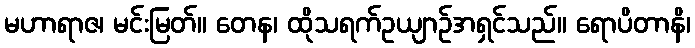
မဟာရာဇ၊ မင်းမြတ်။ တေန၊ ထိုသရက်ဥယျာဉ်အရှင်သည်။ ရောပိတာနိ၊